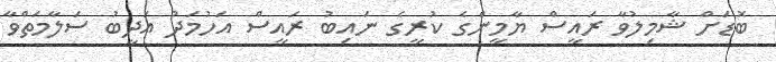
ބޮޑަށް ޝާމިލުވާ ރައީސް ޔާމީންގެ ކުރީގެ ނައިބު ރައީސް އަހުމަދު އަދީބު ސަލާމަތްވާ